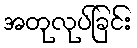
အတုလုပ်ခြင်း